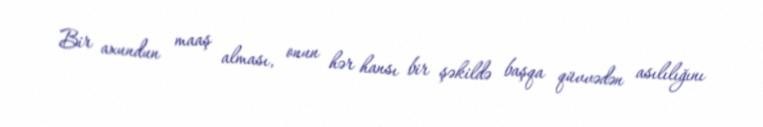
Bir axundun maaş alması, onun hər hansı bir şəkildə başqa qüvvədən asılılığını